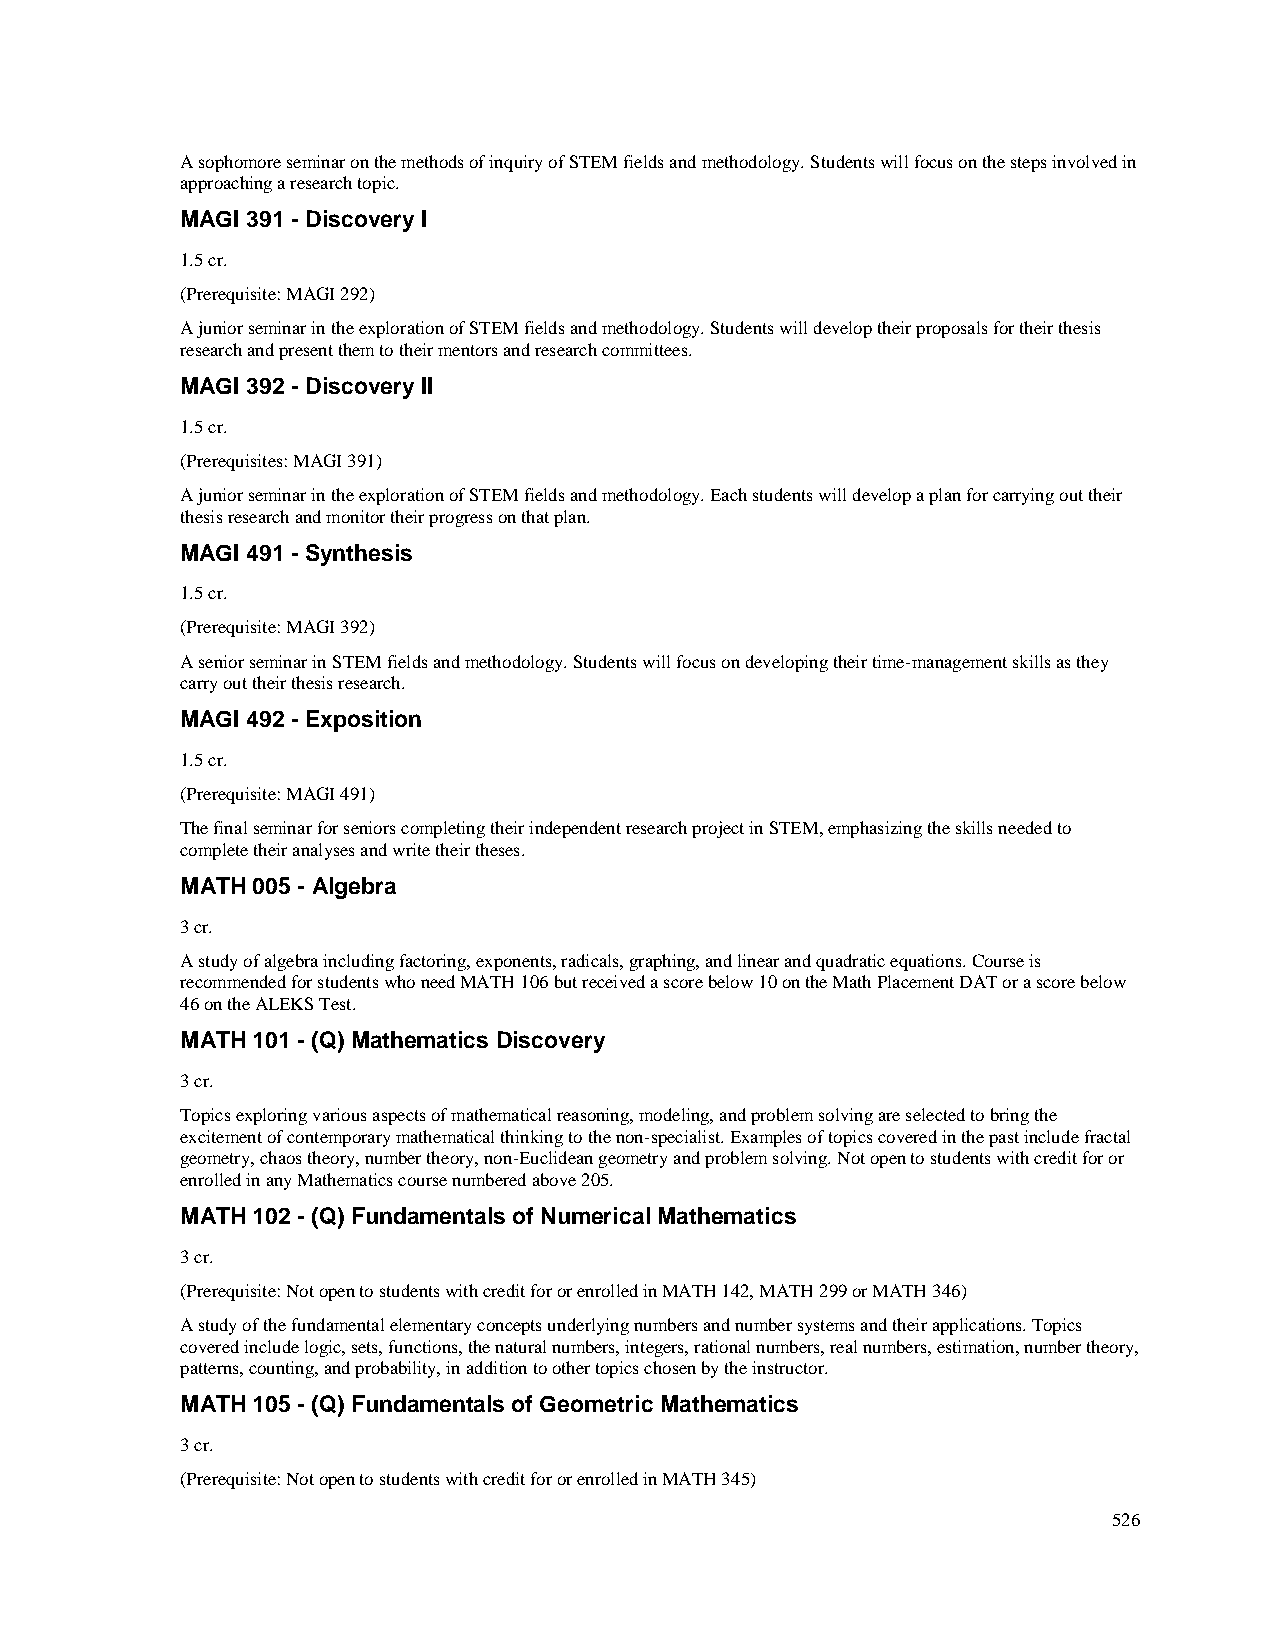
A sophomore seminar on the methods of inquiry of STEM fields and methodology. Students will focus on the steps involved in
 approaching a research topic.
 MAGI 391 - Discovery I
 1.5 cr.
 (Prerequisite: MAGI 292)
 A junior seminar in the exploration of STEM fields and methodology. Students will develop their proposals for their thesis
 research and present them to their mentors and research committees.
 MAGI 392 - Discovery II
 1.5 cr.
 (Prerequisites: MAGI 391)
 A junior seminar in the exploration of STEM fields and methodology. Each students will develop a plan for carrying out their
 thesis research and monitor their progress on that plan.
 MAGI 491 - Synthesis
 1.5 cr.
 (Prerequisite: MAGI 392)
 A senior seminar in STEM fields and methodology. Students will focus on developing their time-management skills as they
 carry out their thesis research.
 MAGI 492 - Exposition
 1.5 cr.
 (Prerequisite: MAGI 491)
 The final seminar for seniors completing their independent research project in STEM, emphasizing the skills needed to
 complete their analyses and write their theses.
 MATH 005 - Algebra
 3 cr.
 A study of algebra including factoring, exponents, radicals, graphing, and linear and quadratic equations. Course is
 recommended for students who need MATH 106 but received a score below 10 on the Math Placement DAT or a score below
 46 on the ALEKS Test.
 MATH 101 - (Q) Mathematics Discovery
 3 cr.
 Topics exploring various aspects of mathematical reasoning, modeling, and problem solving are selected to bring the
 excitement of contemporary mathematical thinking to the non-specialist. Examples of topics covered in the past include fractal
 geometry, chaos theory, number theory, non-Euclidean geometry and problem solving. Not open to students with credit for or
 enrolled in any Mathematics course numbered above 205.
 MATH 102 - (Q) Fundamentals of Numerical Mathematics
 3 cr.
 (Prerequisite: Not open to students with credit for or enrolled in MATH 142, MATH 299 or MATH 346)
 A study of the fundamental elementary concepts underlying numbers and number systems and their applications. Topics
 covered include logic, sets, functions, the natural numbers, integers, rational numbers, real numbers, estimation, number theory,
 patterns, counting, and probability, in addition to other topics chosen by the instructor.
 MATH 105 - (Q) Fundamentals of Geometric Mathematics
 3 cr.
 (Prerequisite: Not open to students with credit for or enrolled in MATH 345)
 526